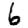
Digit: 6